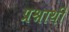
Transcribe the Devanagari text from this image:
प्रश्नार्थी